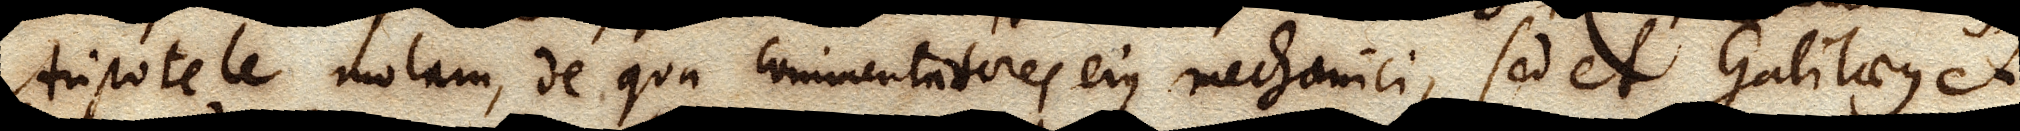
Aristotele motam, de qua commentatores ejus mechanici, sed et Galilaeus et